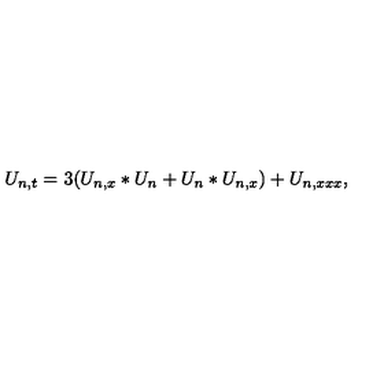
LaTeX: U _ { n , t } = 3 ( U _ { n , x } \ast U _ { n } + U _ { n } \ast U _ { n , x } ) + U _ { n , x x x } ,